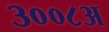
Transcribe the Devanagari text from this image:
३००८अ